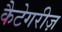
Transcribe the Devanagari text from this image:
कैटेगरीज़